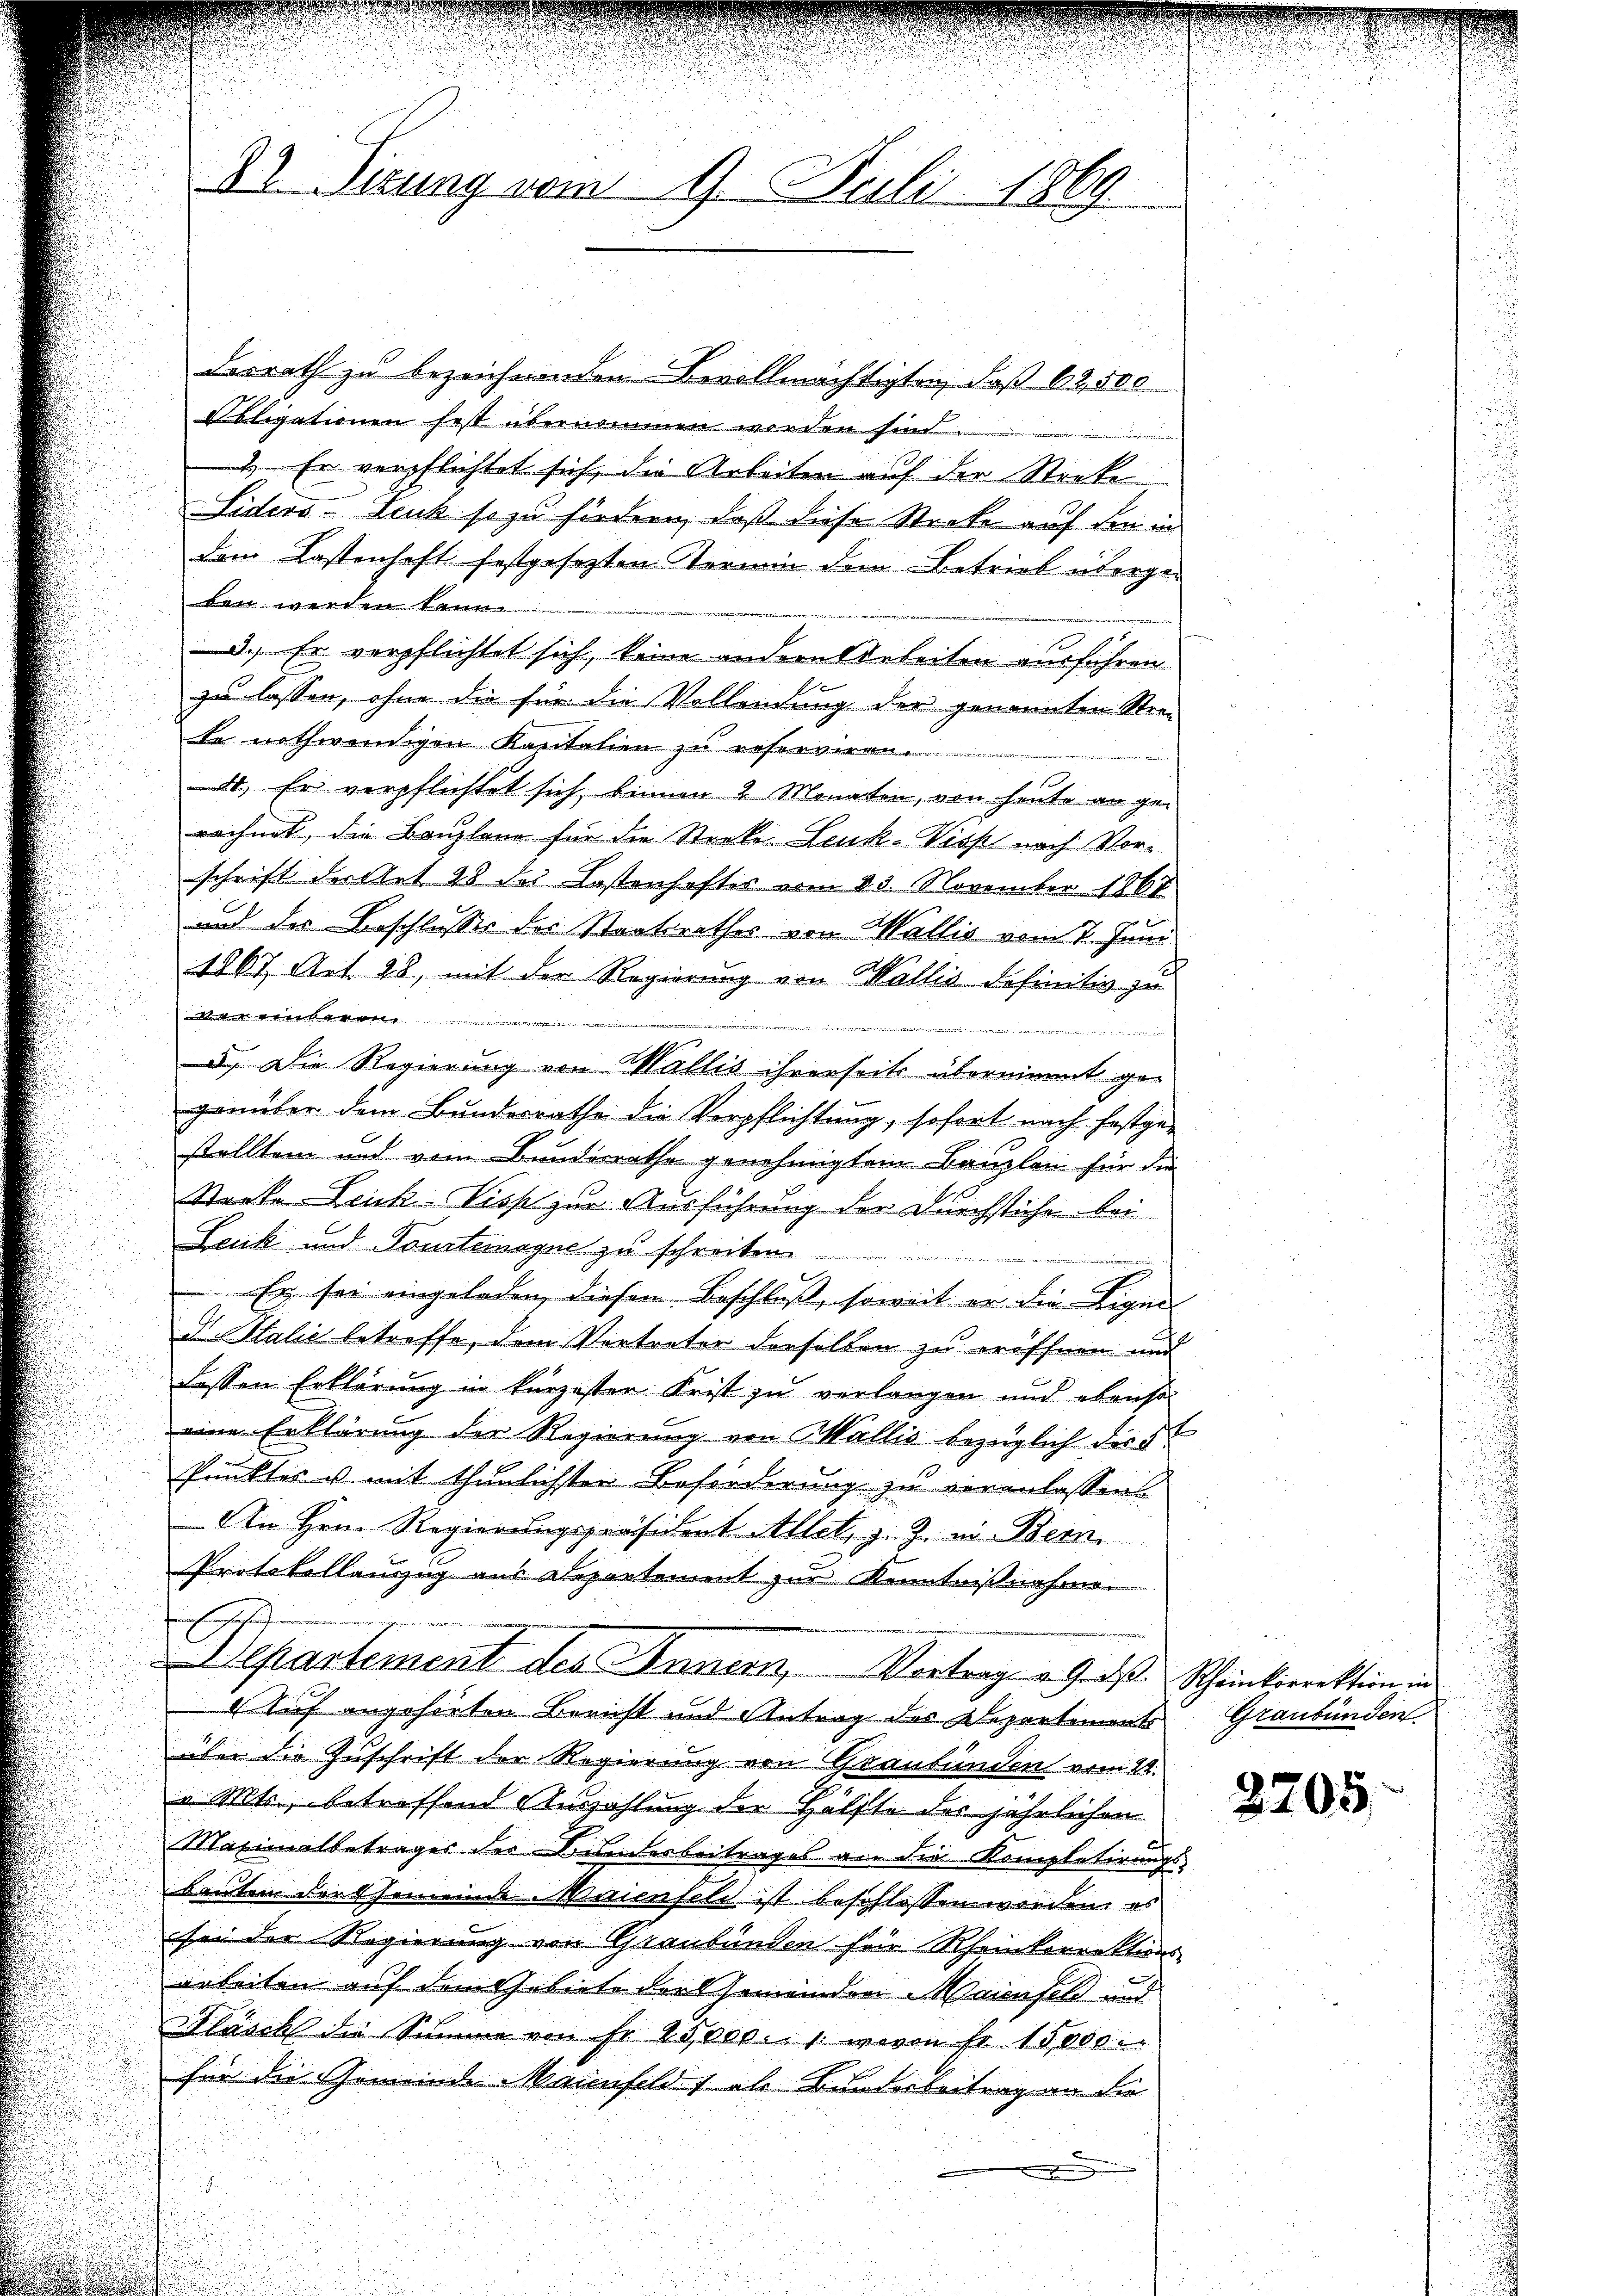
desrath zu bezeichnenden Bevollmächtigten, daß 62, 500
bligationen fest übernommen werden sind.
1. Er verpflichtet sich, die Arbeiten auf der Streke
Liders - Leuk so zu fördern, daß diese Stecke auf den in
dem Kastenhaft festgesetzten Vermin dem Betrieb überget werden kann
d. Er verpflichtet sich, keine andern Arbeiten ausführen.
zu lassen, ohne die für die Vollendung der genannten Stra
te nothwendigen Kantalien zu reserveran
4. Er verpflichtet sich binnen 2 Monaten, von heute an ge-
rechnet, die Bauplane für die Stecke Leuk-Viss nach Vorschrift Fallet 28 des Lostenhaftes vom 23. November 1867
und der Beschlusses des Staatsrathes von Wallis vom 7. Juni
1867, Art. 28, mit der Regierung von Wallis definitiv zu
kler be
d
oin derseitigen den und die
) Die Regierung von Wallis ihrerseits übernimmt ge-
genüber dem Bundesrathe die Verpflichtung, sofort nach festge-
stellten und vom Bundesrathe genehmigtem Bauplan für die
Stacke-Leuch-Viss zur Ausführung der Durchstiche bei
Leuk und Tourtemeyne zu schreiben
e
 Er sei eingeladen, diesen Beschloß, soweit er die Eigen
I Salić betreffe, dem Vertreter derselben zu eröffnen und
dassen Erklärung in kürzester Frist zu verlangen und ebenso
eine Erklärung der Regierung von Wallis bezüglich dirit
Punktes u mit thunlichster Beförderung zu veranlassen
An Hrn. Regierungspräsident Allet, z. Z. in Bern
Protokollanzig aus Departement zur Kenntnißnahme
Echt
Departement des Innern, Vortrage v. Groß- Scheinkorrektion in
4 Auf angehörten Bericht und Antrag des Departements
über die Zuschrift der Regierung von Graubünden vom 22.
v. Mts., betreffend Auszahlung der Hälfte des jährlichen
Maximalbetrages der Bundesbeitrages an die Kompletirungsbauten der Gemeinde Maienfeld ist beschlossen worden, es
fon der Regierung von Graubünden für Rheinkorrektions-
arbeiten auf dem Gebiete der Gemeinden Maienfeld und
Hlusch die Summe von Fr. 25,000. 1. wovon Fr. 15,000.
für die Gemeinde Mainfeld 1 als Bundesbeitrag an die
e

82 Sizung vom 9. Juli 1869.

Graubünden.

.

3705.